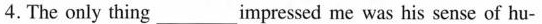
4. The only thing ___ impressed me was his sense of hu-